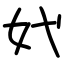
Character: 㚤